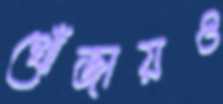
খোঁজায়ও